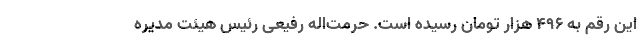
این رقم به ۴۹۶ هزار تومان رسیده است. حرمت‌اله رفیعی رئیس هیئت مدیره